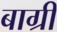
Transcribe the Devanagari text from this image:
बाग्री